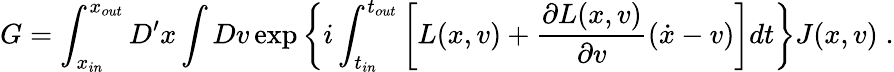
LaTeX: G=\int_{x_{in}}^{x_{out}}D^{\prime}x\int Dv\exp\left\{ i\int_{t_{in}}^{t_{out}}\left[L(x,v)+\frac{\partial L(x,v)}{\partial v}(\dot{x}-v)\right]dt\right\} J(x,v)\; .